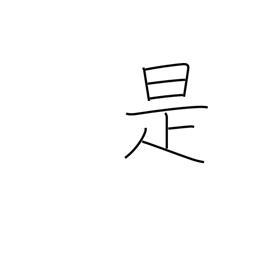
Meaning: just so